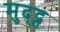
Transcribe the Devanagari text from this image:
मुद्द्त